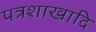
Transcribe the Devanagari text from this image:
पत्रशाखादि